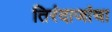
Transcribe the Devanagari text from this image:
तिरंदाजांचा